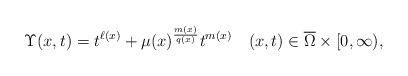
LaTeX: \begin{align*}\Upsilon (x,t)=t^{\ell(x)}+\mu(x)^{\frac{m(x)}{q(x)}}t^{m(x)}\quad (x,t)\in \overline{\Omega}\times [0,\infty),\end{align*}